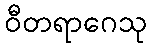
ဝီတရာဂေသု